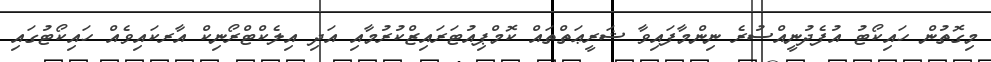
މިގޮތުން ހައިކޯޓު އުފެދުނީއްސުރެ ނިންމާފައިވާ ޝަރީޢަތްތައް ކޮމްޕިއުޓަރައިޒްކުރުމާއި އަދި އިލެކްޓްރޯނިކް އާރކައިވެއް ހައިކޯޓުގައި